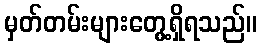
မှတ်တမ်းများတွေ့ရှိရသည်။